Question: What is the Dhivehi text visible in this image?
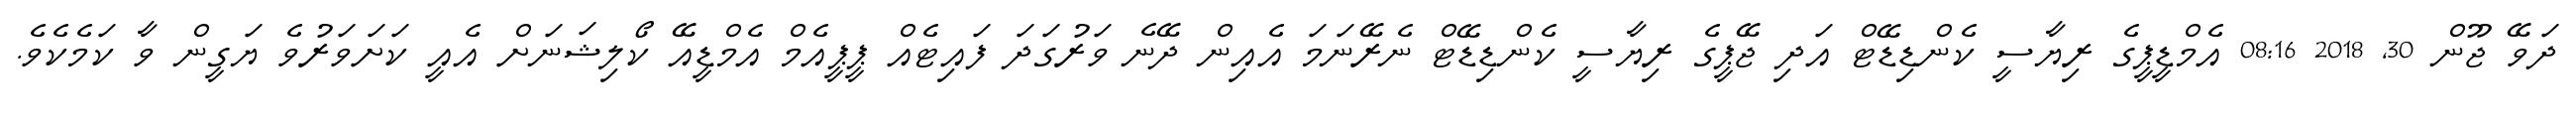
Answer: ދަވޭ ޖޫން 30, 2018 08:16 އެމްޑީޕީގެ ރިޔާސީ ކެންޑިޑޭޓް އަދި ޖޭޕީގެ ރިޔާސީ ކެންޑިޑޭޓް ނެރޭނަމަ އެއިން ދޭނެ ވަރުގަދަ ފައިޓެއް ޕީޕީއެމް އެމްޑީއޭ ކޯލިޝަނަށް އެއީ ކަށަވަރުވެ ޔަގީން ވާ ކަމެކެވެ.